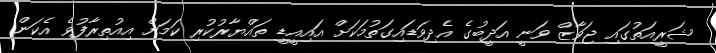
ޝަރީއަތުގައި ޖަވާޒް ވަނީ އަދީބުގެ އެދިވަޑައިގަތުމަކަށް އައިއީޑީ ތައްޔާރުކުރި ކަމަށް އިއުތިރާފުވެ އެކަން